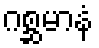
ဂစ္ဆမာနံ